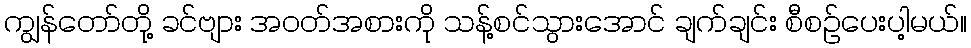
ကျွန်တော်တို့ ခင်ဗျား အဝတ်အစားကို သန့်စင်သွားအောင် ချက်ချင်း စီစဉ်ပေးပါ့မယ်။